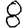
Digit: 8